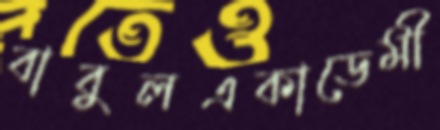
বাবুলএকাডেমী